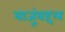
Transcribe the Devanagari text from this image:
बाजूंबद्दल